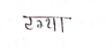
मजकूर: टग्या